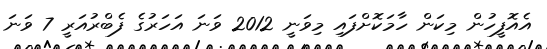
އެއޮފީހުން މިކަން ހާމަކޮށްފައި މިވަނީ 2012 ވަނަ އަހަރުގެ ފެބްރުއަރީ 7 ވަނަ